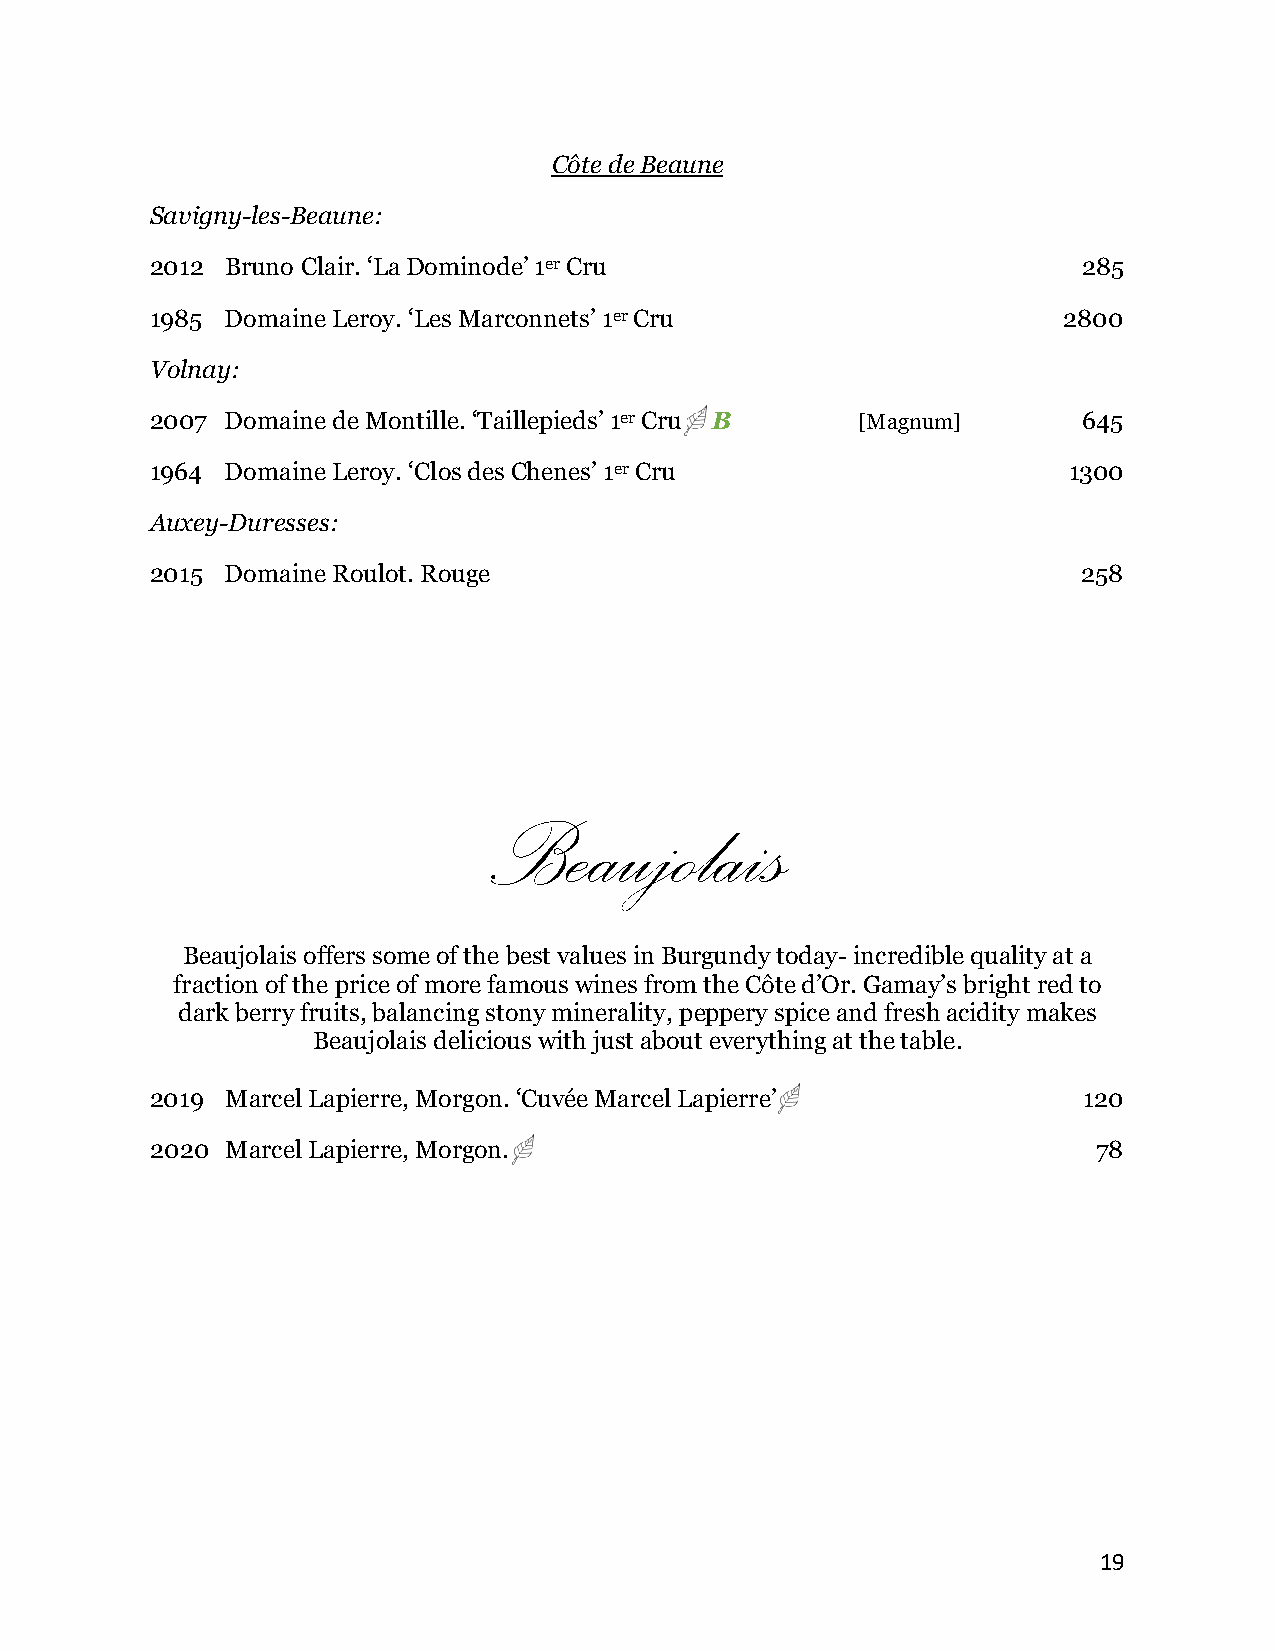
Côte de Beaune
 Savigny-les-Beaune:
 2012 Bruno Clair. ‘La Dominode’ 1er Cru                       285
 1985 Domaine Leroy. ‘Les Marconnets’ 1er Cru                2800
 Volnay:
 2007 Domaine de Montille. ‘Taillepieds’ 1er Cru B [Magnum]    645
 1964 Domaine Leroy. ‘Clos des Chenes’ 1er Cru                1300
 Auxey-Duresses:
 2015 Domaine Roulot. Rouge                                    258
 Beaujolais
 Beaujolais offers some of the best values in Burgundy today- incredible quality at a
 fraction of the price of more famous wines from the Côte d’Or. Gamay’s bright red to
 dark berry fruits, balancing stony minerality, peppery spice and fresh acidity makes
 Beaujolais delicious with just about everything at the table.
 2019 Marcel Lapierre, Morgon. ‘Cuvée Marcel Lapierre’        120
 2020 Marcel Lapierre, Morgon.                                  78
 19